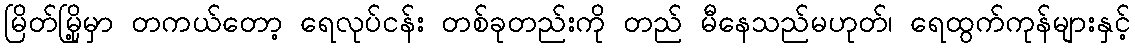
မြိတ်မြို့မှာ တကယ်တော့ ရေလုပ်ငန်း တစ်ခုတည်းကို တည် မီနေသည်မဟုတ်၊ ရေထွက်ကုန်များနှင့်